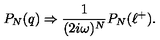
P _ { N } ( q ) \Rightarrow { \frac { 1 } { ( 2 i \omega ) ^ { N } } } P _ { N } ( \ell ^ { + } ) .